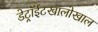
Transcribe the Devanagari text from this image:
डेट्रॉईटखालोखाल